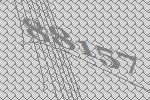
88157